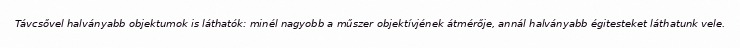
Távcsővel halványabb objektumok is láthatók: minél nagyobb a műszer objektívjének átmérője, annál halványabb égitesteket láthatunk vele.